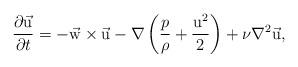
LaTeX: \begin{align*}{\partial \vec {\rm u} \over{\partial t}} = - \vec {\rm w} \times \vec {\rm u} - \nabla \left({p\over \rho} + {{\rm u}^2\over 2}\right) + \nu \nabla^2 \vec {\rm u}, \end{align*}